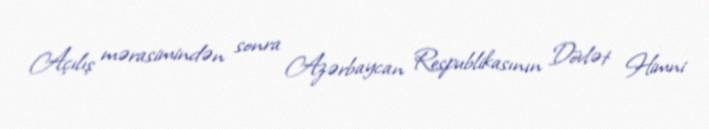
Açılış mərasimindən sonra Azərbaycan Respublikasının Dövlət Himni